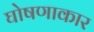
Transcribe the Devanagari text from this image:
घोषणाकार